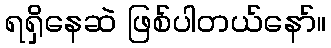
ရရှိနေဆဲ ဖြစ်ပါတယ်နော်။